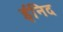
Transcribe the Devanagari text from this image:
ईनिद